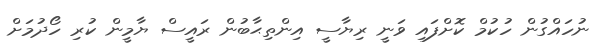
ނުހައްގުން ހުކުމް ކޮށްފައި ވަނީ ރިޔާސީ އިންތިޙާބުން ރައީސް ޔާމީން ކުރި ހޯދުމަށް